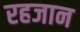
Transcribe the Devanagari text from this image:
रहजान